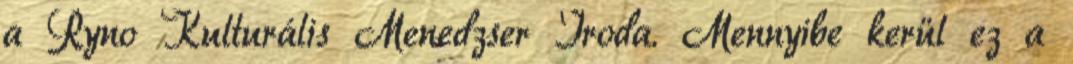
a Ryno Kulturális Menedzser Iroda. Mennyibe kerül ez a